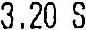
3.20 S